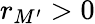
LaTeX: r_{M^{\prime}}>0